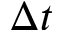
\Delta t